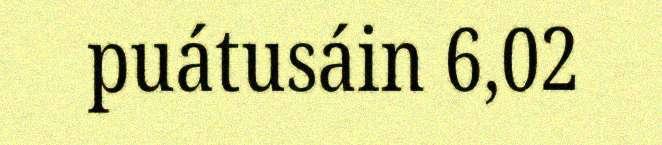
puátusáin 6,02